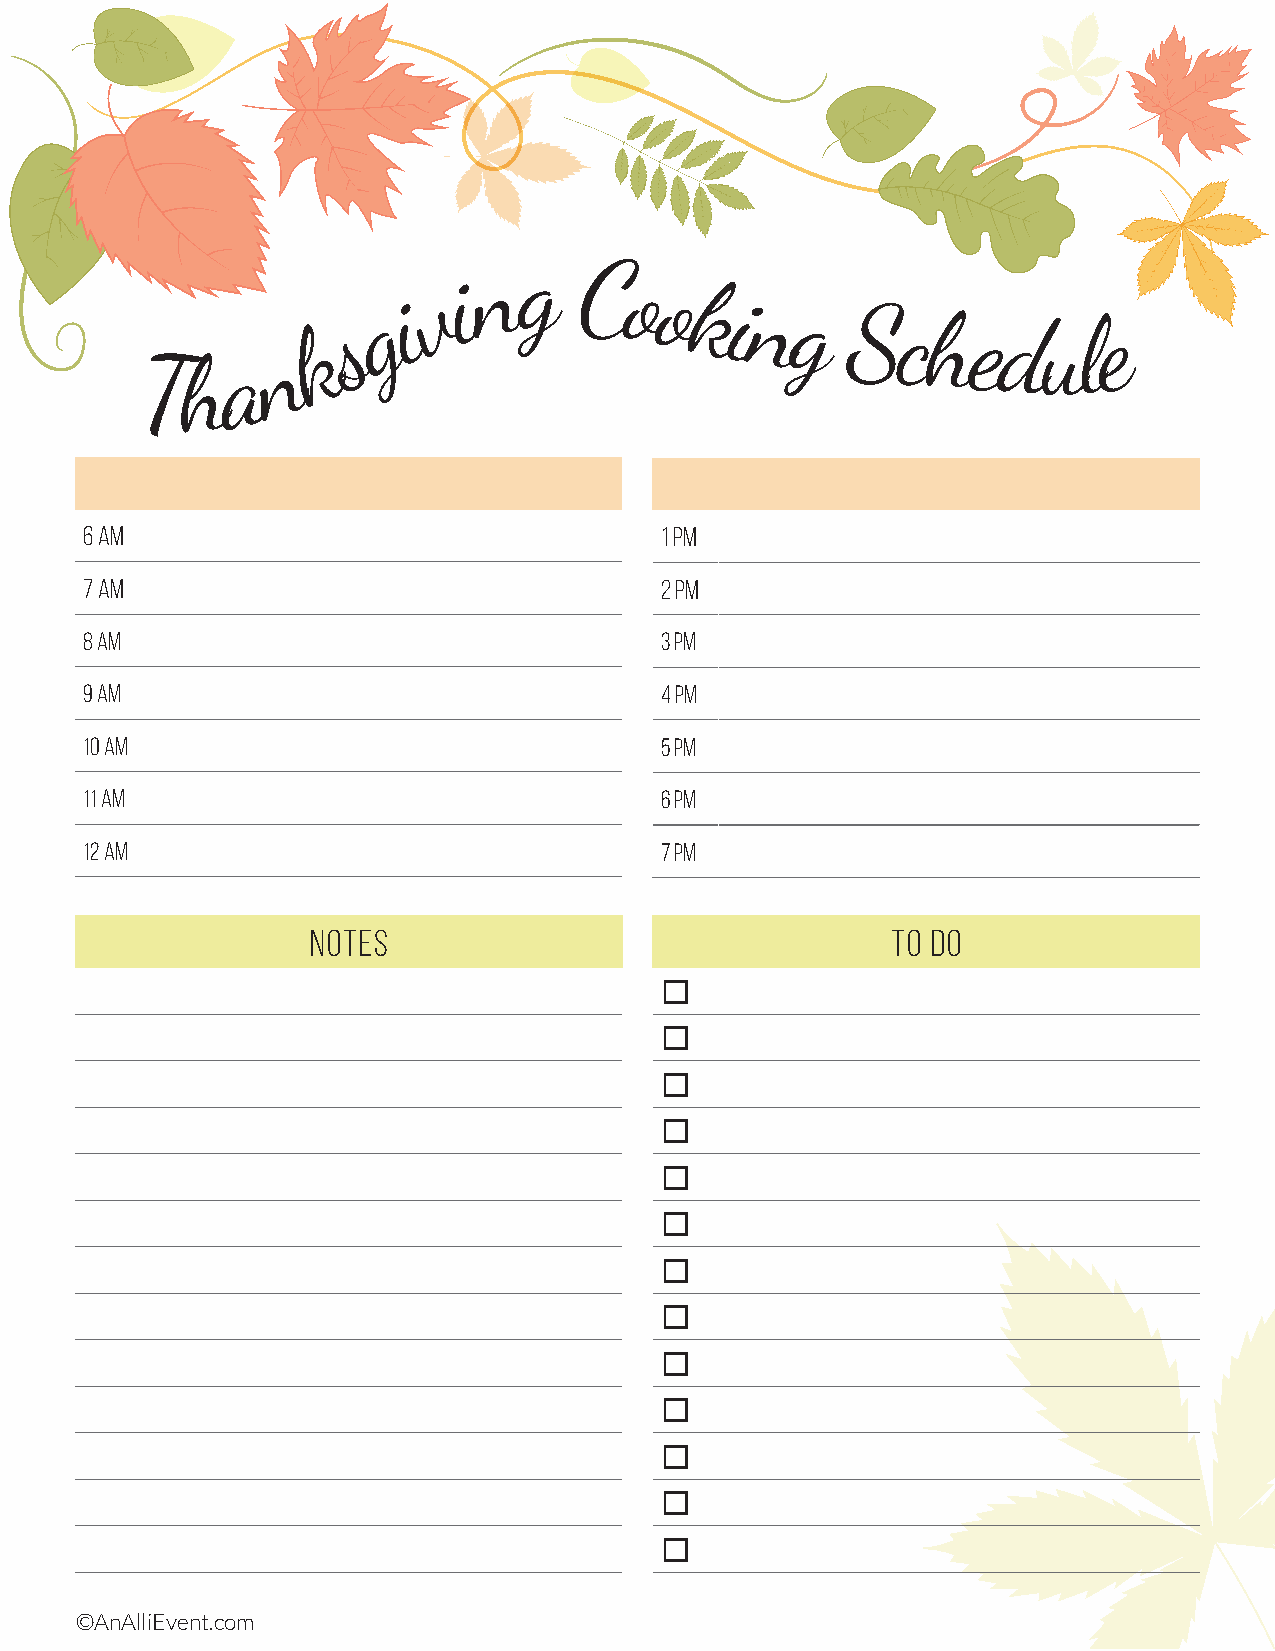
n g
 v i      C  o o
 k
 s
 g
 i                  king
 Schedul          e
 n
 a
 Th
 6 AM                                  1 PM
 7 AM                                  2 pm
 8 AM                                  3 pm
 9 AM                                  4 pm
 10 AM                                 5 pm
 11 AM                                 6 pm
 12 AM                                 7 pm
 NOTES                                 TO DO
 
 
 
 
 
 
 
 
 
 
 
 
 
 ©AnAlliEvent.com